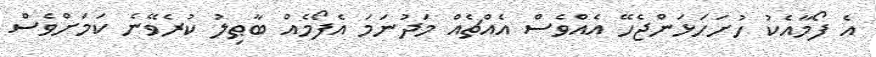
އެ ފޯމާއެކު ހުށަހަޅަންޖެހޭ އެއްވެސް އެއްޗެއް މަދުނަމަ އެފޯމެއް ބާޠިލު ކުރެވޭނެ ކަމަށްވެސް